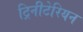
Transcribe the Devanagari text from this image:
ट्रिनीटेरियन